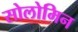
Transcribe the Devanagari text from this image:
सोलोमिन